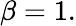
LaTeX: \beta=1.